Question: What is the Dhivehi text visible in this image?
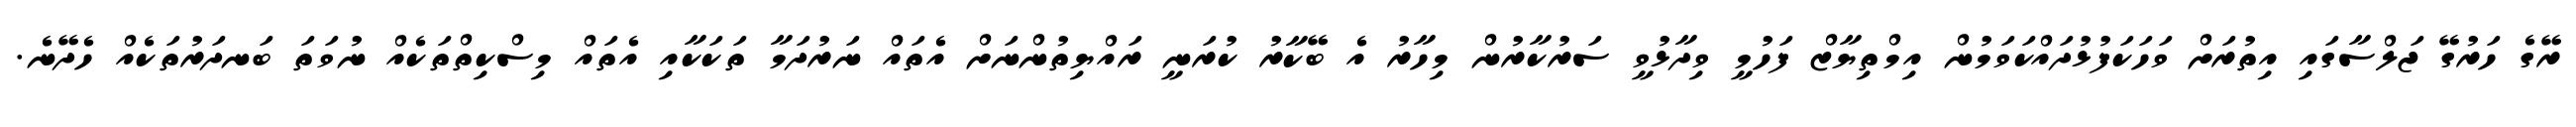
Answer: ރޭގެ ހަރުގޭ ޖަލްސާގައި އިތުރަށް ވަހަކަފުޅުދައްކަވަމުން އިމްތިޔާޒް ފަހުމީ ވިދާޅުވީ ސަރުކާރުން މިހާރު އެ ބޭކާރު ކުރަނީ ރައްޔިތުންނަށް އެތައް ނަރުދަމާ ތަކަކާއި އެތައް މިސްކިތްތަކެއް ނުވަތަ ބަނދަރުތަކެއް ހެދޭނެ.